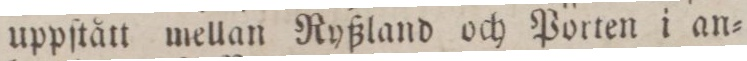
uppſtått mellan Ryßland och Porten i an=